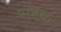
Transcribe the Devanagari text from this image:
सप्टक